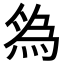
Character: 𬊓